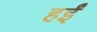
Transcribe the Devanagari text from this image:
हईं